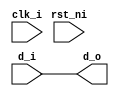
// This program was cloned from: https://github.com/NYU-MLDA/OpenABC
// License: BSD 3-Clause "New" or "Revised" License

module pipe_reg_simple_Depth0
(
  clk_i,
  rst_ni,
  d_i,
  d_o
);

  input [196:0] d_i;
  output [196:0] d_o;
  input clk_i;
  input rst_ni;
  wire [196:0] d_o;
  assign d_o[196] = d_i[196];
  assign d_o[195] = d_i[195];
  assign d_o[194] = d_i[194];
  assign d_o[193] = d_i[193];
  assign d_o[192] = d_i[192];
  assign d_o[191] = d_i[191];
  assign d_o[190] = d_i[190];
  assign d_o[189] = d_i[189];
  assign d_o[188] = d_i[188];
  assign d_o[187] = d_i[187];
  assign d_o[186] = d_i[186];
  assign d_o[185] = d_i[185];
  assign d_o[184] = d_i[184];
  assign d_o[183] = d_i[183];
  assign d_o[182] = d_i[182];
  assign d_o[181] = d_i[181];
  assign d_o[180] = d_i[180];
  assign d_o[179] = d_i[179];
  assign d_o[178] = d_i[178];
  assign d_o[177] = d_i[177];
  assign d_o[176] = d_i[176];
  assign d_o[175] = d_i[175];
  assign d_o[174] = d_i[174];
  assign d_o[173] = d_i[173];
  assign d_o[172] = d_i[172];
  assign d_o[171] = d_i[171];
  assign d_o[170] = d_i[170];
  assign d_o[169] = d_i[169];
  assign d_o[168] = d_i[168];
  assign d_o[167] = d_i[167];
  assign d_o[166] = d_i[166];
  assign d_o[165] = d_i[165];
  assign d_o[164] = d_i[164];
  assign d_o[163] = d_i[163];
  assign d_o[162] = d_i[162];
  assign d_o[161] = d_i[161];
  assign d_o[160] = d_i[160];
  assign d_o[159] = d_i[159];
  assign d_o[158] = d_i[158];
  assign d_o[157] = d_i[157];
  assign d_o[156] = d_i[156];
  assign d_o[155] = d_i[155];
  assign d_o[154] = d_i[154];
  assign d_o[153] = d_i[153];
  assign d_o[152] = d_i[152];
  assign d_o[151] = d_i[151];
  assign d_o[150] = d_i[150];
  assign d_o[149] = d_i[149];
  assign d_o[148] = d_i[148];
  assign d_o[147] = d_i[147];
  assign d_o[146] = d_i[146];
  assign d_o[145] = d_i[145];
  assign d_o[144] = d_i[144];
  assign d_o[143] = d_i[143];
  assign d_o[142] = d_i[142];
  assign d_o[141] = d_i[141];
  assign d_o[140] = d_i[140];
  assign d_o[139] = d_i[139];
  assign d_o[138] = d_i[138];
  assign d_o[137] = d_i[137];
  assign d_o[136] = d_i[136];
  assign d_o[135] = d_i[135];
  assign d_o[134] = d_i[134];
  assign d_o[133] = d_i[133];
  assign d_o[132] = d_i[132];
  assign d_o[131] = d_i[131];
  assign d_o[130] = d_i[130];
  assign d_o[129] = d_i[129];
  assign d_o[128] = d_i[128];
  assign d_o[127] = d_i[127];
  assign d_o[126] = d_i[126];
  assign d_o[125] = d_i[125];
  assign d_o[124] = d_i[124];
  assign d_o[123] = d_i[123];
  assign d_o[122] = d_i[122];
  assign d_o[121] = d_i[121];
  assign d_o[120] = d_i[120];
  assign d_o[119] = d_i[119];
  assign d_o[118] = d_i[118];
  assign d_o[117] = d_i[117];
  assign d_o[116] = d_i[116];
  assign d_o[115] = d_i[115];
  assign d_o[114] = d_i[114];
  assign d_o[113] = d_i[113];
  assign d_o[112] = d_i[112];
  assign d_o[111] = d_i[111];
  assign d_o[110] = d_i[110];
  assign d_o[109] = d_i[109];
  assign d_o[108] = d_i[108];
  assign d_o[107] = d_i[107];
  assign d_o[106] = d_i[106];
  assign d_o[105] = d_i[105];
  assign d_o[104] = d_i[104];
  assign d_o[103] = d_i[103];
  assign d_o[102] = d_i[102];
  assign d_o[101] = d_i[101];
  assign d_o[100] = d_i[100];
  assign d_o[99] = d_i[99];
  assign d_o[98] = d_i[98];
  assign d_o[97] = d_i[97];
  assign d_o[96] = d_i[96];
  assign d_o[95] = d_i[95];
  assign d_o[94] = d_i[94];
  assign d_o[93] = d_i[93];
  assign d_o[92] = d_i[92];
  assign d_o[91] = d_i[91];
  assign d_o[90] = d_i[90];
  assign d_o[89] = d_i[89];
  assign d_o[88] = d_i[88];
  assign d_o[87] = d_i[87];
  assign d_o[86] = d_i[86];
  assign d_o[85] = d_i[85];
  assign d_o[84] = d_i[84];
  assign d_o[83] = d_i[83];
  assign d_o[82] = d_i[82];
  assign d_o[81] = d_i[81];
  assign d_o[80] = d_i[80];
  assign d_o[79] = d_i[79];
  assign d_o[78] = d_i[78];
  assign d_o[77] = d_i[77];
  assign d_o[76] = d_i[76];
  assign d_o[75] = d_i[75];
  assign d_o[74] = d_i[74];
  assign d_o[73] = d_i[73];
  assign d_o[72] = d_i[72];
  assign d_o[71] = d_i[71];
  assign d_o[70] = d_i[70];
  assign d_o[69] = d_i[69];
  assign d_o[68] = d_i[68];
  assign d_o[67] = d_i[67];
  assign d_o[66] = d_i[66];
  assign d_o[65] = d_i[65];
  assign d_o[64] = d_i[64];
  assign d_o[63] = d_i[63];
  assign d_o[62] = d_i[62];
  assign d_o[61] = d_i[61];
  assign d_o[60] = d_i[60];
  assign d_o[59] = d_i[59];
  assign d_o[58] = d_i[58];
  assign d_o[57] = d_i[57];
  assign d_o[56] = d_i[56];
  assign d_o[55] = d_i[55];
  assign d_o[54] = d_i[54];
  assign d_o[53] = d_i[53];
  assign d_o[52] = d_i[52];
  assign d_o[51] = d_i[51];
  assign d_o[50] = d_i[50];
  assign d_o[49] = d_i[49];
  assign d_o[48] = d_i[48];
  assign d_o[47] = d_i[47];
  assign d_o[46] = d_i[46];
  assign d_o[45] = d_i[45];
  assign d_o[44] = d_i[44];
  assign d_o[43] = d_i[43];
  assign d_o[42] = d_i[42];
  assign d_o[41] = d_i[41];
  assign d_o[40] = d_i[40];
  assign d_o[39] = d_i[39];
  assign d_o[38] = d_i[38];
  assign d_o[37] = d_i[37];
  assign d_o[36] = d_i[36];
  assign d_o[35] = d_i[35];
  assign d_o[34] = d_i[34];
  assign d_o[33] = d_i[33];
  assign d_o[32] = d_i[32];
  assign d_o[31] = d_i[31];
  assign d_o[30] = d_i[30];
  assign d_o[29] = d_i[29];
  assign d_o[28] = d_i[28];
  assign d_o[27] = d_i[27];
  assign d_o[26] = d_i[26];
  assign d_o[25] = d_i[25];
  assign d_o[24] = d_i[24];
  assign d_o[23] = d_i[23];
  assign d_o[22] = d_i[22];
  assign d_o[21] = d_i[21];
  assign d_o[20] = d_i[20];
  assign d_o[19] = d_i[19];
  assign d_o[18] = d_i[18];
  assign d_o[17] = d_i[17];
  assign d_o[16] = d_i[16];
  assign d_o[15] = d_i[15];
  assign d_o[14] = d_i[14];
  assign d_o[13] = d_i[13];
  assign d_o[12] = d_i[12];
  assign d_o[11] = d_i[11];
  assign d_o[10] = d_i[10];
  assign d_o[9] = d_i[9];
  assign d_o[8] = d_i[8];
  assign d_o[7] = d_i[7];
  assign d_o[6] = d_i[6];
  assign d_o[5] = d_i[5];
  assign d_o[4] = d_i[4];
  assign d_o[3] = d_i[3];
  assign d_o[2] = d_i[2];
  assign d_o[1] = d_i[1];
  assign d_o[0] = d_i[0];

endmodule